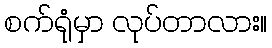
စက်ရုံမှာ လုပ်တာလား။